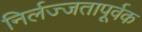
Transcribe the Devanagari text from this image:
निर्लज्जतापूर्वक